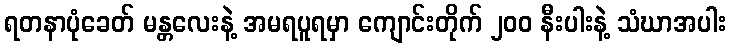
ရတနာပုံခေတ် မန္တလေးနဲ့ အမရပူရမှာ ကျောင်းတိုက် ၂၀၀ နီးပါးနဲ့ သံဃာအပါး